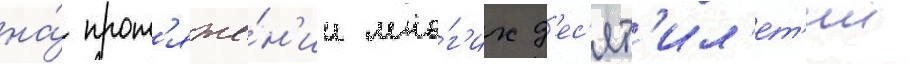
на́ прот'яже́н'ии мно́г'их д'ес'ят'ил'ет'ии